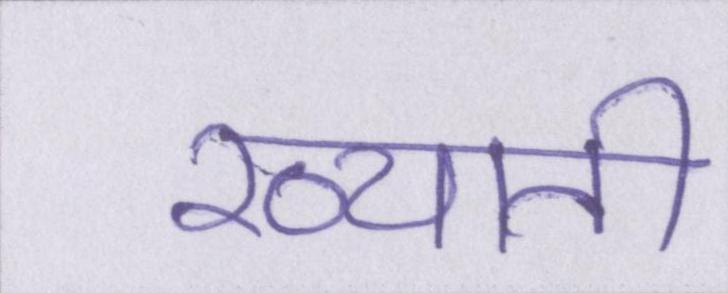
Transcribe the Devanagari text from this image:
ख्याती